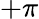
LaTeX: +\pi